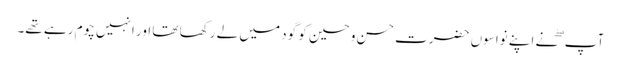
آپ ۖ نے اپنے نواسوں حضرت حسن و حسین کو گود میں لے رکھا تھا اور انہیں چوم رہے تھے۔